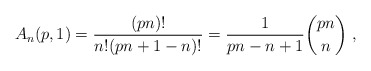
\begin{align*}A_n(p,1) = \frac{(pn)!}{n! (pn+1-n)!} = \frac{1}{pn-n+1} \binom{pn}{n}\ , \end{align*}